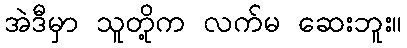
အဲဒီမှာ သူတို့က လက်မ ဆေးဘူး။